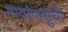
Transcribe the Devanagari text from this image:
गावांपासुंची